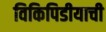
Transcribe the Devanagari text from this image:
विकिपिडीयाची